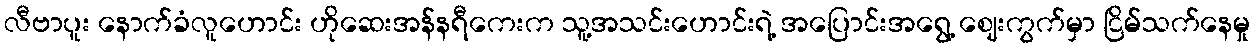
လီဗာပူး နောက်ခံလူဟောင်း ဟိုဆေးအန်နရီကေးက သူ့အသင်းဟောင်းရဲ့ အပြောင်းအရွေ့ ဈေးကွက်မှာ ငြိမ်သက်နေမှု